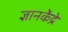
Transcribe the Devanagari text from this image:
ज्ञानकेंद्रे